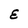
Character: E